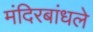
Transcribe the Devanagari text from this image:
मंदिरबांधले